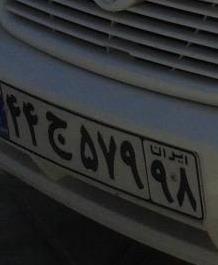
۴۴ج۵۷۹۹۸